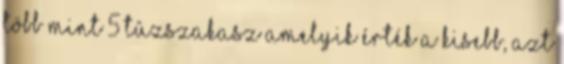
több mint 5 tûzszakasz amelyik érték a kisebb, azt